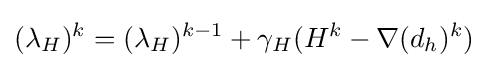
(\lambda _{H})^{k}=(\lambda _{H})^{k-1}+\gamma _{H}(H^{k}-\nabla (d_{h})^{k})